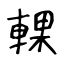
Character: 輠